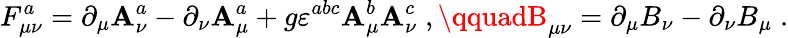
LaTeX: F_{\mu\nu}^{a}=\partial_{\mu}\mathbf{A}_{\nu}^{a}-\partial_{\nu}\mathbf{A}_{\mu}^{a}+g\varepsilon^{abc}\mathbf{A}_{\mu}^{b}\mathbf{A}_{\nu}^{c}\; ,\qquadB_{\mu\nu}=\partial_{\mu}B_{\nu}-\partial_{\nu}B_{\mu}\; .